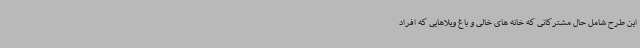
این طرح شامل حال مشترکانی که خانه های خالی و باغ ویلاهایی که افراد